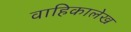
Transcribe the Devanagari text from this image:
वाहिकालेख